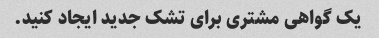
یک گواهی مشتری برای تشک جدید ایجاد کنید.